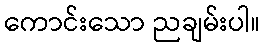
ကောင်းသော ညချမ်းပါ။